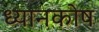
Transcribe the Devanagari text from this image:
ध्यानकोष